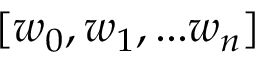
[ w _ { 0 } , w _ { 1 } , . . . w _ { n } ]